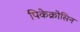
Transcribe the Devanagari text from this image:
पिकेक्रोसिन